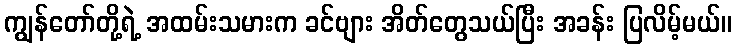
ကျွန်တော်တို့ရဲ့ အထမ်းသမားက ခင်ဗျား အိတ်တွေသယ်ပြီး အခန်း ပြလိမ့်မယ်။